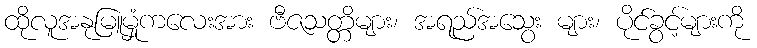
ထိုလူအနုမြူမှုံကလေးအား ဗီဇသတ္တိများ၊ အရည်အသွေး များ၊ ပိုင်ခွင့်များကို